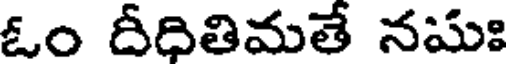
ఓం దీధితిమతే నమః